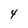
Character: 4